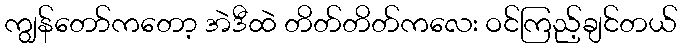
ကျွန်တော်ကတော့ အဲဒီထဲ တိတ်တိတ်ကလေး ဝင်ကြည့်ချင်တယ်